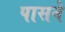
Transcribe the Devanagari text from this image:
पासने